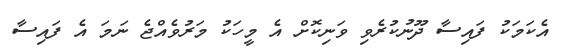
އެކަމަކު ފައިސާ ދޫނުކުރެވި ވަނިކޮށް އެ މީހަކު މަރުވެއްޖެ ނަމަ އެ ފައިސާ